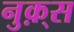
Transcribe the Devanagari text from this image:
नुक़्स